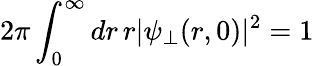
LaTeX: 2\pi\int_{0}^{\infty}dr\, r|\psi_{\perp}(r,0)|^{2}=1